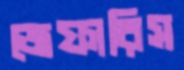
জেফারিস